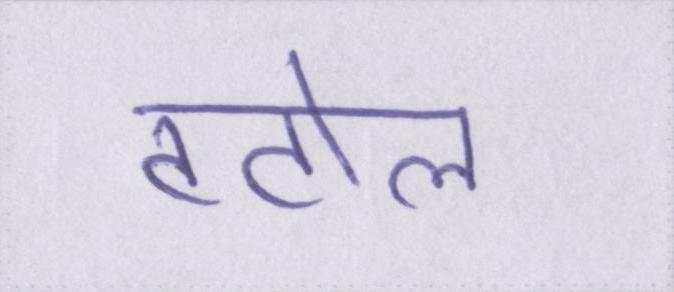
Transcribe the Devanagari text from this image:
टटोल